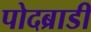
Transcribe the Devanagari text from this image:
पोदब्राडी